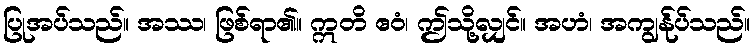
ပြုအပ်သည်။ အဿ၊ ဖြစ်ရာ၏။ ဣတိ ဧဝံ၊ ဤသို့လျှင်။ အဟံ၊ အကျွန်ုပ်သည်။